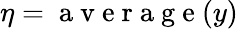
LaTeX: \eta=\mathrm{~a~v~e~r~a~g~e~}(y)